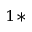
^ { 1 \ast }